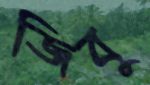
জিবু